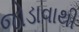
જોડાવાથી